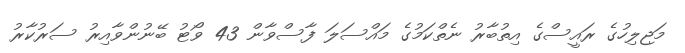
މަޖިލިހުގެ ރައީސްގެ އިތުބާރު ނެތްކަމުގެ މައްސަލަ ފާސްވާން 43 ވޯޓު ބޭނުންވާއިރު ސަރުކާރު